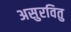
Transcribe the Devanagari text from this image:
असुरवितु